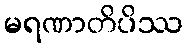
မရဏာတိပိဿ